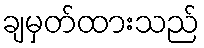
ချမှတ်ထားသည်